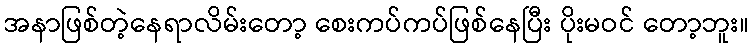
အနာဖြစ်တဲ့နေရာလိမ်းတော့ စေးကပ်ကပ်ဖြစ်နေပြီး ပိုးမဝင် တော့ဘူး။